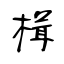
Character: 楫